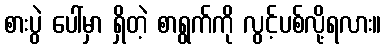
စားပွဲ ပေါ်မှာ ရှိတဲ့ စာရွက်ကို လွင့်ပစ်လို့ရလား။